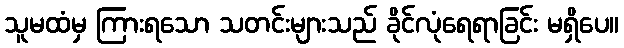
သူမထံမှ ကြားရသော သတင်းများသည် ခိုင်လုံရေရာခြင်း မရှိပေ။